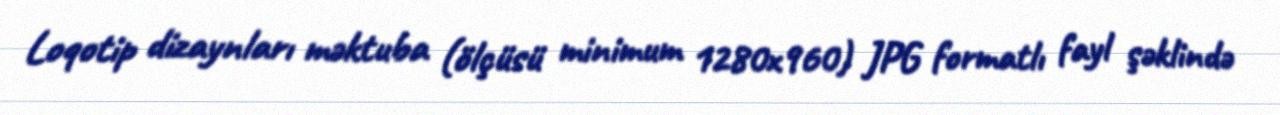
Loqotip dizaynları məktuba (ölçüsü minimum 1280x960) JPG formatlı fayl şəklində